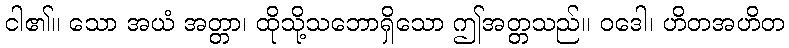
ငါ၏။ သော အယံ အတ္တာ၊ ထိုသို့သဘောရှိသော ဤအတ္တသည်။ ဝဒေါ၊ ဟိတအဟိတ